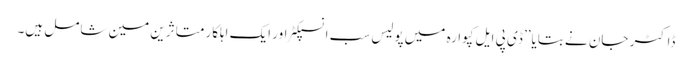
ڈاکٹر جان نے بتایا’’ ڈی پی ایل کپوارہ میں پولیس سب انسپکٹر اور ایک اہلکار متاثرین مین شامل ہیں۔